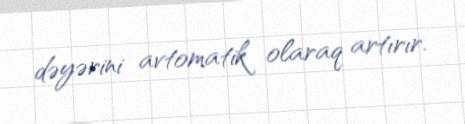
dəyərini avtomatik olaraq artırır.